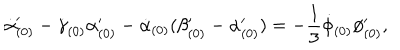
\dot { \alpha } _ { ( 0 ) } ^ { \prime } - \dot { \gamma } _ { ( 0 ) } \alpha _ { ( 0 ) } ^ { \prime } - \dot { \alpha } _ { ( 0 ) } ( \beta _ { ( 0 ) } ^ { \prime } - \alpha _ { ( 0 ) } ^ { \prime } ) = - \frac { 1 } { 3 } \dot { \phi } _ { ( 0 ) } \phi _ { ( 0 ) } ^ { \prime } ,